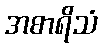
အစာရိသံ